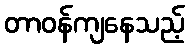
တာဝန်ကျနေသည့်